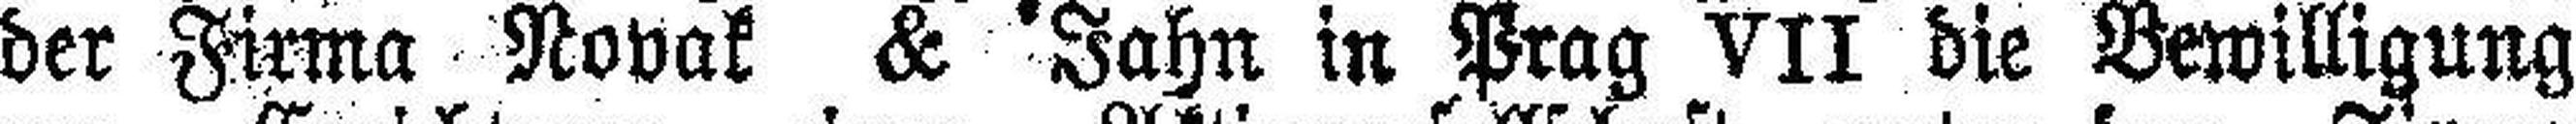
der Firma Novak & Jahn in Prag VII die Bewilligung